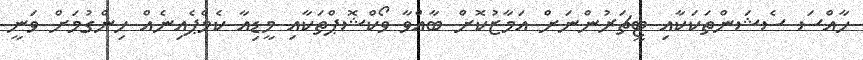
ހާއްސަ ސެޝަންތަކަކާއި ޓީޗަރުންނަށް އަމާޒުކޮށް ބާއްވާ ވޯކްޝޮޕްތަކާއި މީޑިއާ ކެމްޕެއިނެއް ހިންގުމަށް ވަނީ